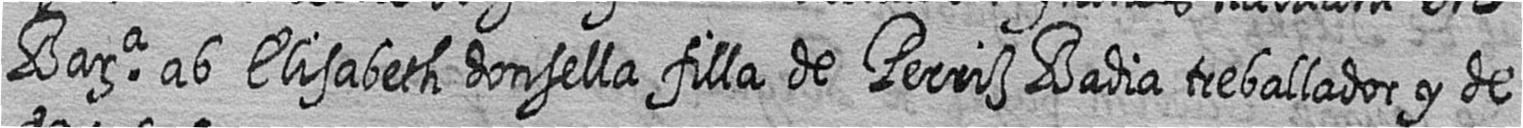
Bara ab Elisabeth donsella filla de Perriz Badia treballador y de